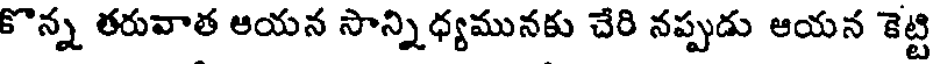
కొన్న తరువాత ఆయన సాన్నిధ్యమునకు చేరి నప్పుడు ఆయన కెట్టి